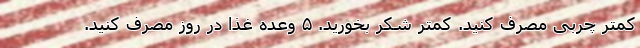
کمتر چربی مصرف کنید. کمتر شکر بخورید. ۵ وعده غذا در روز مصرف کنید.